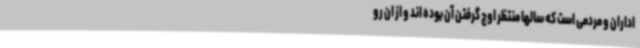
اداران و مردمی است که سالها منتظر اوج گرفتن آن بوده اند و از ان رو